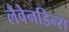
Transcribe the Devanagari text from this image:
लैवेनडिन्स